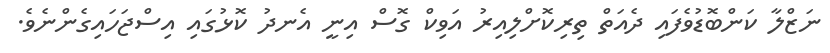
ނަޒްލާ ކަންބޮޑުވެފައި ދެއަތް ތިރިކޮށްލިއިރު އަވިކް ގޮސް އިނީ އެނދު ކޮޅުގައި އިސްޖަހައިގެންނެވެ.